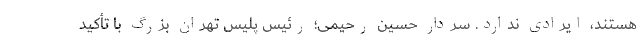
هستند، ایرادی ندارد. سردار حسین رحیمی؛ رئیس پلیس تهران بزرگ با تأکید